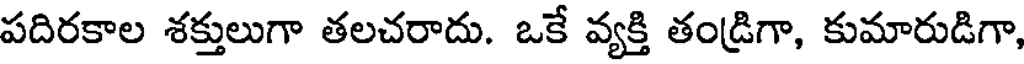
పదిరకాల శక్తులుగా తలచరాదు. ఒకే వ్యక్తి తండ్రిగా, కుమారుడిగా,